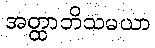
အတ္ထာဘိသမယာ